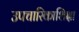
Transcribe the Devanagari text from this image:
उपचारिकाशिक्षा